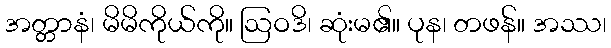
အတ္တာနံ၊ မိမိကိုယ်ကို။ ဩဝဒိ၊ ဆုံးမ၏။ ပုန၊ တဖန်။ အဿ၊